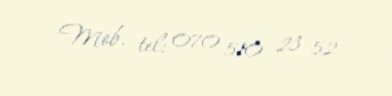
Mob. tel: 070 510 23 52